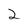
Character: 2